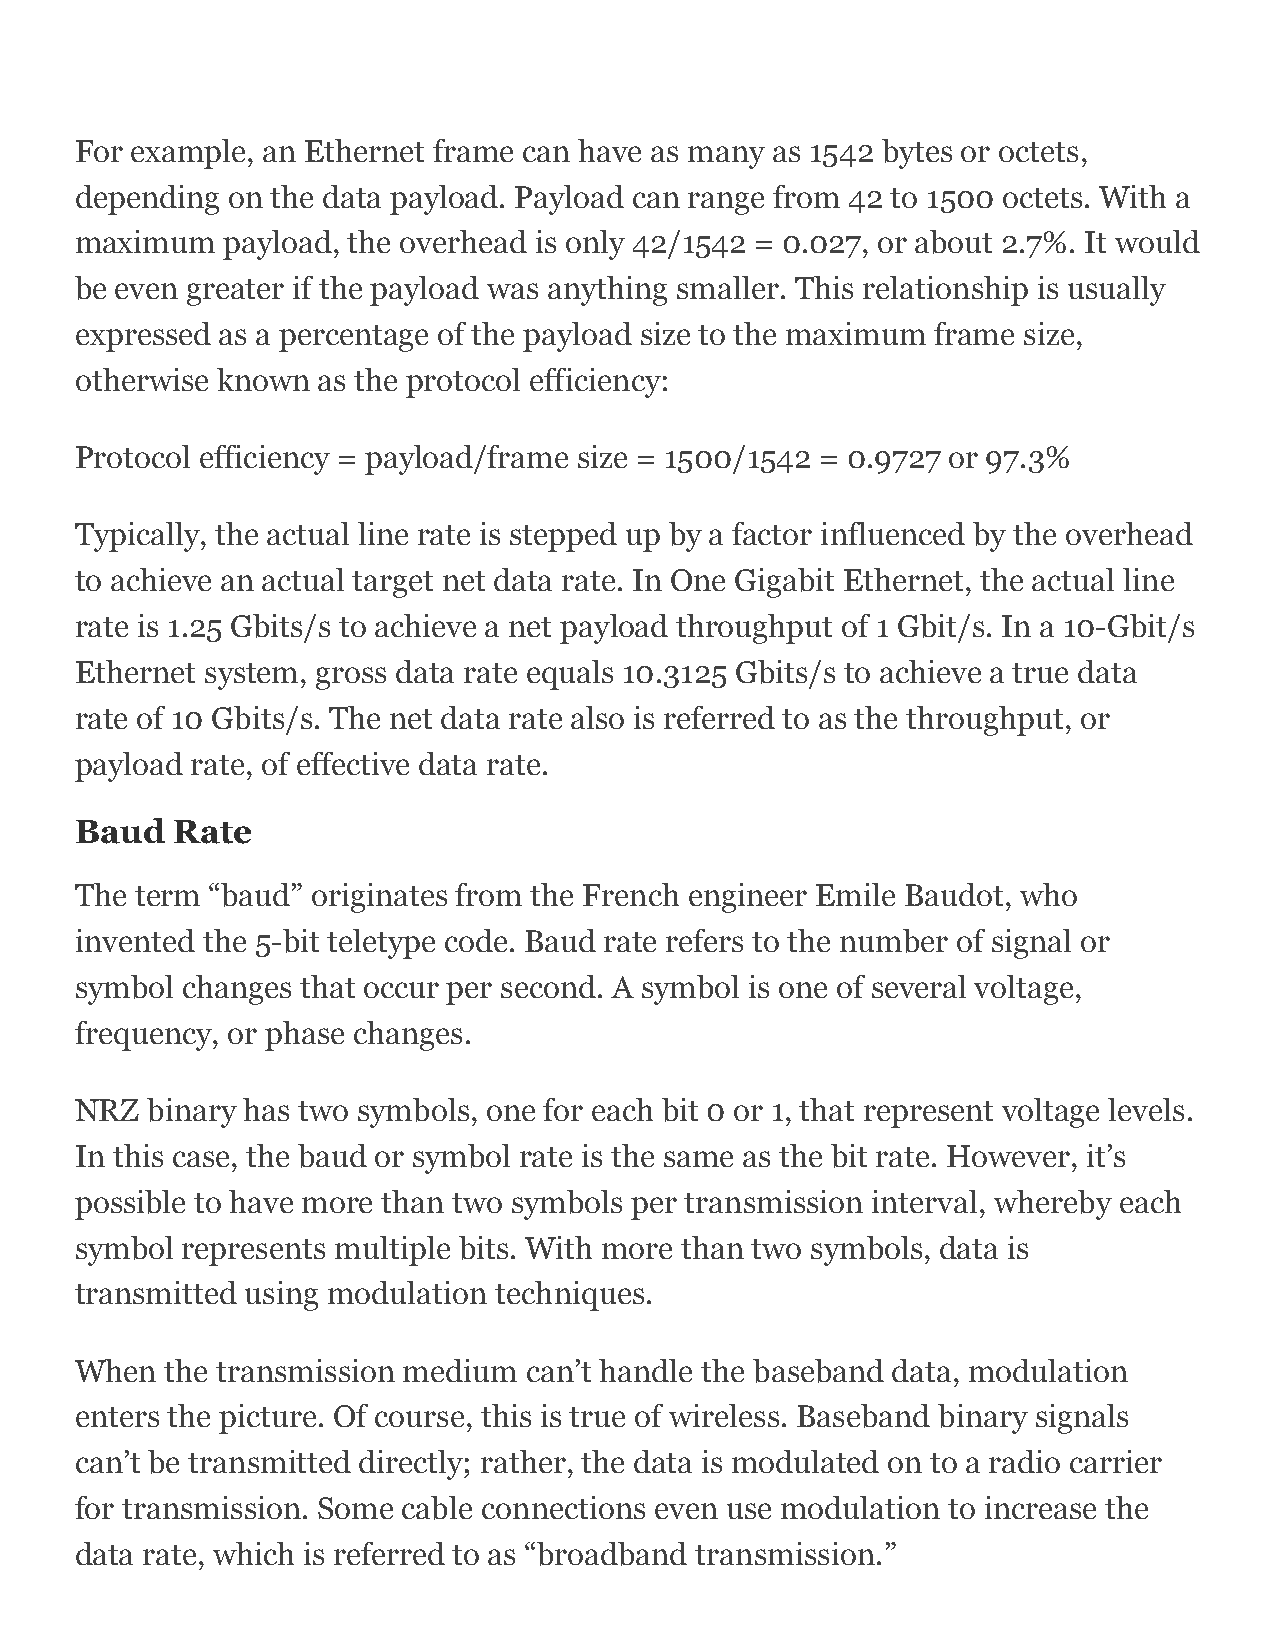
For example, an Ethernet frame can have as many as 1542 bytes or octets,
 depending on the data payload. Payload can range from 42 to 1500 octets. With a
 maximum   payload, the overhead is only 42/1542 = 0.027, or about 2.7%. It would
 be even greater if the payload was anything smaller. This relationship is usually
 expressed as a percentage of the payload size to the maximum frame size,
 otherwise known as the protocol efficiency:
 Protocol efficiency = payload/frame size = 1500/1542 = 0.9727 or 97.3%
 Typically, the actual line rate is stepped up by a factor influenced by the overhead
 to achieve an actual target net data rate. In One Gigabit Ethernet, the actual line
 rate is 1.25 Gbits/s to achieve a net payload throughput of 1 Gbit/s. In a 10-Gbit/s
 Ethernet system, gross data rate equals 10.3125 Gbits/s to achieve a true data
 rate of 10 Gbits/s. The net data rate also is referred to as the throughput, or
 payload rate, of effective data rate.
 Baud  Rate
 The term “baud” originates from the French engineer Emile Baudot, who
 invented the 5-bit teletype code. Baud rate refers to the number of signal or
 symbol changes that occur per second. A symbol is one of several voltage,
 frequency, or phase changes.
 NRZ  binary has two symbols, one for each bit 0 or 1, that represent voltage levels.
 In this case, the baud or symbol rate is the same as the bit rate. However, it’s
 possible to have more than two symbols per transmission interval, whereby each
 symbol represents multiple bits. With more than two symbols, data is
 transmitted using modulation techniques.
 When  the transmission medium can’t handle the baseband data, modulation
 enters the picture. Of course, this is true of wireless. Baseband binary signals
 can’t be transmitted directly; rather, the data is modulated on to a radio carrier
 for transmission. Some cable connections even use modulation to increase the
 data rate, which is referred to as “broadband transmission.”